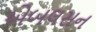
એબલસન